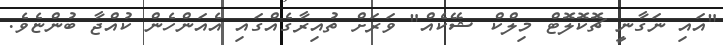
"އައި ނަގާނީ ޗޮކޮލޮޓް މިލްކް ޝޭކެއް" ވަރަށް ތުއިރާގެއްގައި އެއަންހެން ކުއްޖާ ބުންޏެވެ.